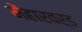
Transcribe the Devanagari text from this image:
मेंहारवर्ड